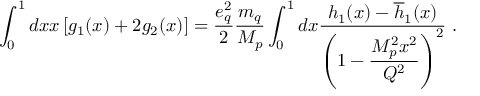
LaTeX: \int _ { 0 } ^ { 1 } d x x \left[ g _ { 1 } ( x ) + 2 g _ { 2 } ( x ) \right] = \frac { e _ { q } ^ { 2 } } { 2 } \frac { m _ { q } } { M _ { p } } \int _ { 0 } ^ { 1 } d x \frac { h _ { 1 } ( x ) - \overline { { { h } } } _ { 1 } ( x ) } { \displaystyle { \left( 1 - \frac { M _ { p } ^ { 2 } x ^ { 2 } } { Q ^ { 2 } } \right) ^ { 2 } } } ~ .